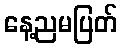
နေ့ညမပြတ်